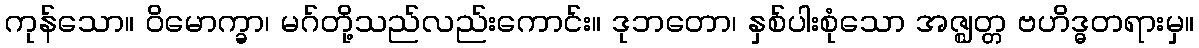
ကုန်သော။ ဝိမောက္ခာ၊ မဂ်တို့သည်လည်းကောင်း။ ဒုဘတော၊ နှစ်ပါးစုံသော အဇ္ဈတ္တ ဗဟိဒ္ဓတရားမှ။